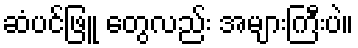
ဆံပင်ဖြူ တွေလည်း အများကြီးပဲ။